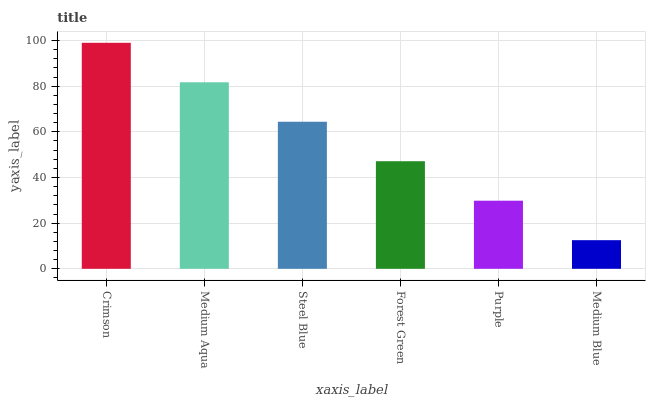
| xaxis_label | bars |
 | --- | --- |
 | Crimson | 99 |
 | Medium Aqua | 81.7 |
 | Steel Blue | 64.4 |
 | Forest Green | 47.1 |
 | Purple | 29.8 |
 | Medium Blue | 12.5 |